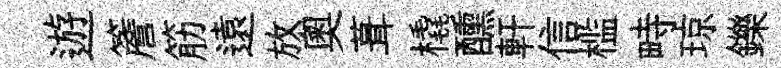
遊簷筋遠放奧葺橇醺軒信槛畤琼鑠